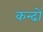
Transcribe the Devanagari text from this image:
कन्ढों